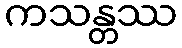
ကသန္တဿ